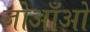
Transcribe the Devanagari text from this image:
जोआँओ